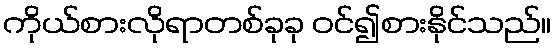
ကိုယ်စားလိုရာတစ်ခုခု ဝင်၍စားနိုင်သည်။